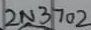
Text: 2N3702